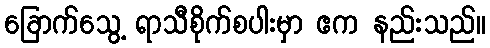
ခြောက်သွေ့ ရာသီစိုက်စပါးမှာ ဧက နည်းသည်။